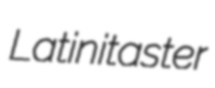
Latinitaster